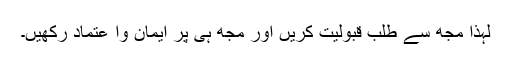
لہذا مجھ سے طلب قبولیت کریں اور مجھ ہی پر ایمان وا عتماد رکھیں۔